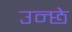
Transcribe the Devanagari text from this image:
उन्छे